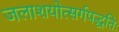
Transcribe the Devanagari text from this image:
जलाशयोत्सर्गपद्धतिः